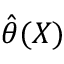
{ \hat { \theta } } ( X )